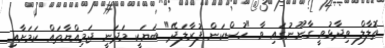
ތޮލާލް ވިދާޅުވީ ގާނޫނުގައި ވާ "ހުސްކަން ފުރާލަދޭ" ބަޔަކީ މަދަނީ ޖަމިއްޔާތައް ކަަމަށާއި